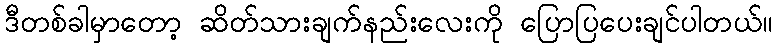
ဒီတစ်ခါမှာတော့ ဆိတ်သားချက်နည်းလေးကို ပြောပြပေးချင်ပါတယ်။